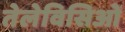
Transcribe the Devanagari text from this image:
तेलेविसिओं